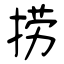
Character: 捞